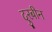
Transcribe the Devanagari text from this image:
दुरबीन